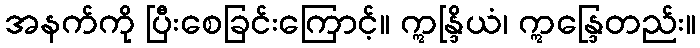
အနက်ကို ပြီးစေခြင်းကြောင့်။ ဣန္ဒြိယံ၊ ဣန္ဒြေတည်း။